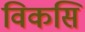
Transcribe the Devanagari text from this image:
विकसि